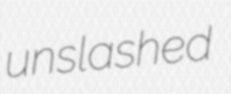
unslashed